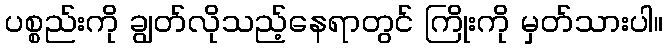
ပစ္စည်းကို ချွတ်လိုသည့်နေရာတွင် ကြိုးကို မှတ်သားပါ။